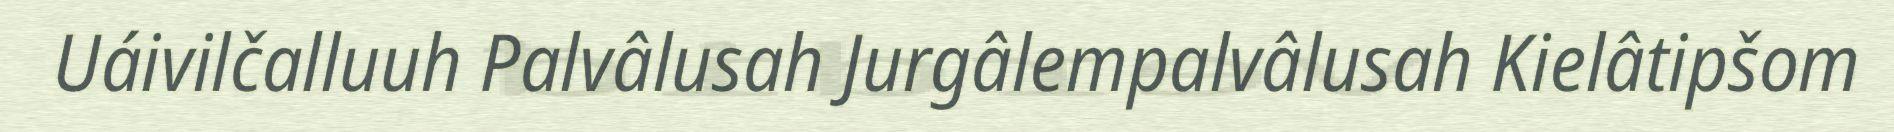
Uáivilčalluuh Palvâlusah Jurgâlempalvâlusah Kielâtipšom